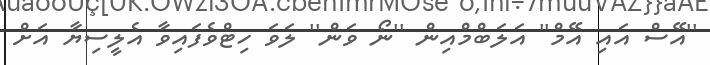
''އޭސް އައި އޭމް'' އަލަބްމްއިން ''ނޯ ވަން'' ލަވަ ހިޓްވެފައިވާ އެލީސިޔާ އަަށް